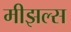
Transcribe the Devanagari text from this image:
मीझल्स